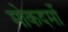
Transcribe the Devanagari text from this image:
मोकदमों